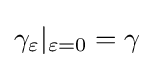
\gamma _{\varepsilon }|_{\varepsilon =0}=\gamma